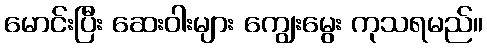
မောင်းပြီး ဆေးဝါးများ ကျွေးမွေး ကုသရမည်။